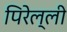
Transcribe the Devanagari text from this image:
पिरेल्ली